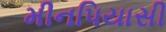
મીનપિયાસી